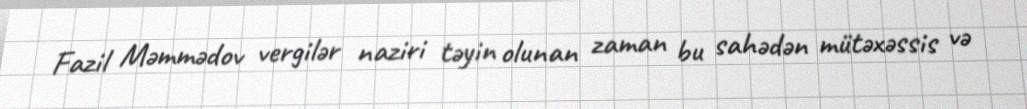
Fazil Məmmədov vergilər naziri təyin olunan zaman bu sahədən mütəxəssis və